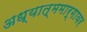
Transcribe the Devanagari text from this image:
अध्यात्ममार्गावर